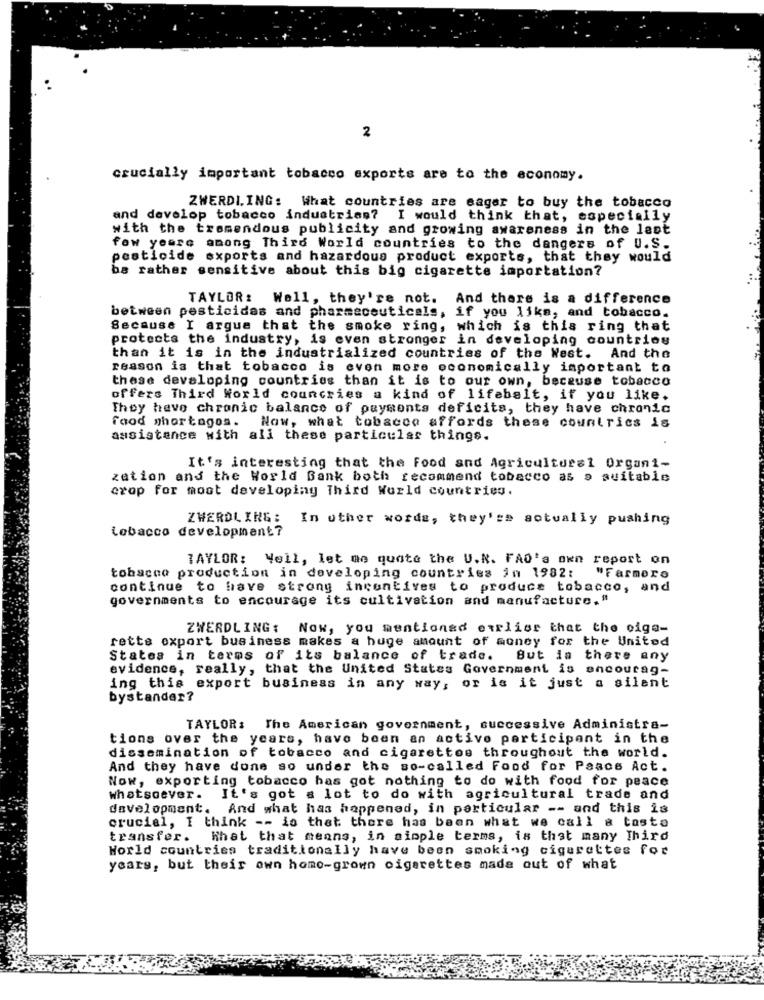
2
crucially important tobacco exports are to the economy.
ZWERDI. ING: What countries are eager to buy the tobacco
and develop tobacco industrias? I would think that, especially
with the tremendous publicity and growing awareness in the last
few years among Third World countries to the dangers of U.S.
pesticide exports and hazardous product exports, that they would
ba rather sensitive about this big cigarette importation?
TAYLOR: Well, they're not. And there is a difference
between pesticides and pharmaceuticals, if you like, and tobacco.
Because I argue that the smoke ring, which is this ring that
protects the industry, is even stronger in developing countries
than it is in the industrialized countries of the West. And the
reason is that tobacco is even more economically important to
these developing countries than it is to our own, because tobacco
offers Third World councries a kind of lifebalt, if you like.
They have chronic balance of payments deficits, they have chronic
food shortages. Now, what tobacco affords these countries is
assistance with all these particular things.
It's interesting that the Food and Agricultural Organi-
zation and the World Bank both recommend tobacco as a suitable
crop for moat developing Third World countries.
ZWERDL ING :
In other words, they're actually pushing
Lobacco development?
TAYLOR: Well, let me quate the U.N. FAO's own report on
tobacco production in developing countries in 1982:
"Farmero
continue to have strong incentives to produce tobacco, and
governments to encourage its cultivation and manufacture."
ZWERDLING: Now, you mentioned earlier that the oiga-
rette export business makes a huge amount of money for the United
States in terms of its balance of trade. But in there any
evidence, really, that the United States Government is ancourag-
ing this export business in any way, or is it just a silent
bystander?
TAYLOR: The American government, successive Administra-
tions over the years, have been an active participant in the
dissemination of tobacco and cigarettes throughout the world.
And they have done so under the so-called Food for Peace Act.
Now, exporting tobacco has got nothing to do with food for peace
whatsoever. It's got a lot to do with agricultural trade and
development. And what has happened, in particular -- and this is
crucial, I think -- is that there has been what we call a taste
transfer. What that means, in simple terms, is that many Third
World countries traditionally have been smoking cigarettes for
years, but their own home-grown cigarettes made out of what